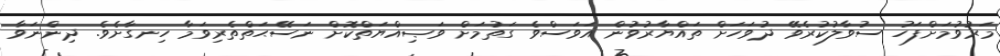
މަރުވުމަށްފަހު ސުވާލުކުރެވޭ ދުވަހަށް ތައްޔާރުވުން އަވަސްވެ ގަތުމަށް ވަޞިއްޔަތްކޮށް ނަސޭޙަތްތެރިވަމާ ހިނގާށެވެ. ދިންނަވާ